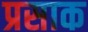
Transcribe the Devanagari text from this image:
प्रसाक